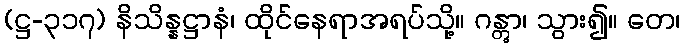
(ဋ္ဌ-၃၁၇) နိသိန္နဋ္ဌာနံ၊ ထိုင်နေရာအရပ်သို့။ ဂန္တွာ၊ သွား၍။ တေ၊